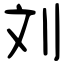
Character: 刘